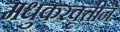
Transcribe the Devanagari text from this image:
मधुकरवृत्तीने